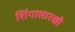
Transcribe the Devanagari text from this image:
शिंगासारखी